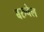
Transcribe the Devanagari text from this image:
बरुचेल